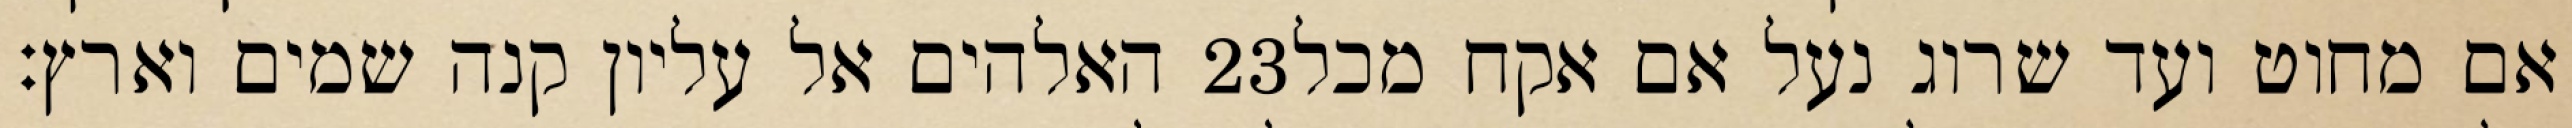
האלהים אל עליון קנה שמים וארץ׃ ‎23‏ אם מחוט ועד שרוג נעל אם אקח מכל